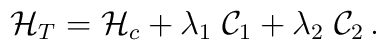
{\cal H}_T ={\cal H}_c + \lambda_1 \; {\cal C}_1 + \lambda_2\;{\cal C}_2 \,.